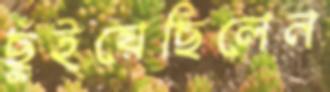
ছুঁইয়েছিলেন